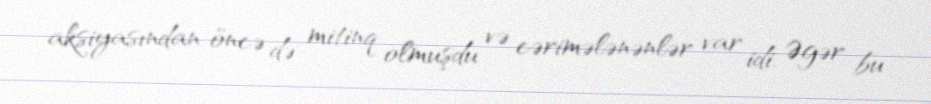
aksiyasından öncə də mitinq olmuşdu və cərimələnənlər var idi. Əgər bu